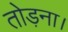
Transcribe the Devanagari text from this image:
तोड़ना।